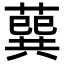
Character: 𦺈